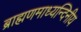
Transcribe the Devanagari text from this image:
ब्राह्मणमाध्यन्दिनीय